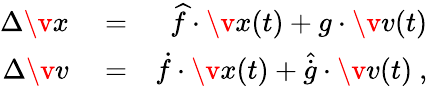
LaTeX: \begin{array}{rlr}{\Delta\v{x}}&{{}=}&{\widehat{f}\cdot\v{x}(t)+g\cdot\v{v}(t)}\\ {\Delta\v{v}}&{{}=}&{\dot{f}\cdot\v{x}(t)+\widehat{\dot{g}}\cdot\v{v}(t)\ ,}\end{array}